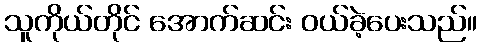
သူကိုယ်တိုင် အောက်ဆင်း ဝယ်ခဲ့ပေးသည်။